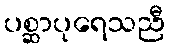
ပစ္ဆာပုရေသညီ